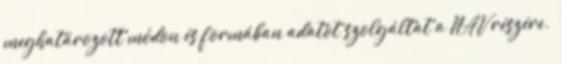
meghatározott módon és formában adatot szolgáltat a NAV részére.”